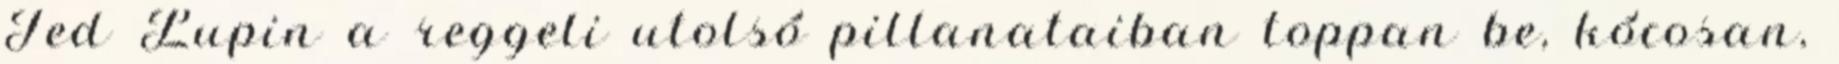
Ted Lupin a reggeli utolsó pillanataiban toppan be, kócosan,